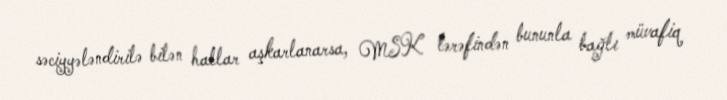
səciyyələndirilə bilən hallar aşkarlanarsa, MSK tərəfindən bununla bağlı müvafiq